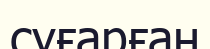
суғарған